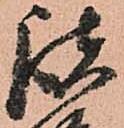
諸